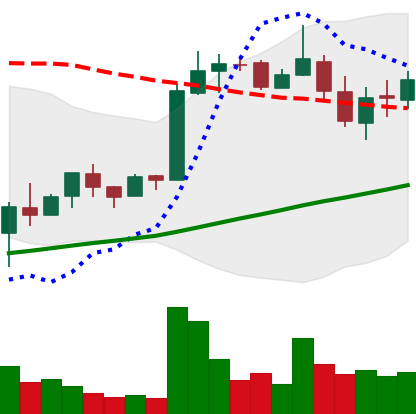
Ticker: LTC-USD
Chart end date: 2018-02-25
Forward return: -3.592%
Label: down_3_5